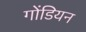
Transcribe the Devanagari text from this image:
गोंडियन